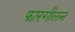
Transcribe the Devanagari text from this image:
फारगीलन